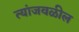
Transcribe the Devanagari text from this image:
त्यांजवळील